Annual report on the working of the mental hospitals in the Madras Presidency - 1912-1932
Year: 1912
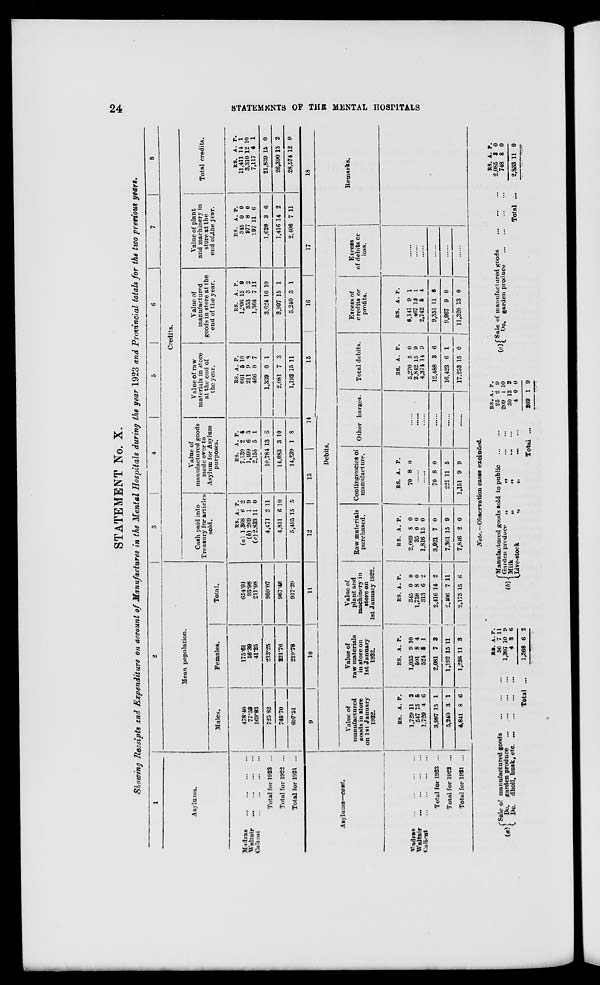
24
STATEMENTS OF THE MENTAL HOSPITALS
STATEMENT No. X.
Showing Receipts and Expenditure on account of Manufactures in the Mental Hospitals during the year 1923 and Provincial totals for the two previous years.
1
Asylums.
Madras
...
...
...
...
Waltair ... ... ... ...
Calicut
...
...
...
...
Total for 1923 ...
Total for 1922 ...
Total for 1921 ...
2
Mean population.
Males.
478.40
77.59
169.83
725.82
745.70
697.51
Females.
175.61
16.39
41.25
233.25
221.76
219.78
Total.
654.01
93.98
211.08
959.07
967.46
917.29
3
4
5
6
7
8
Credits.
Cash paid into
Treasury for articles
sold.
RS.
(a) 1,368
(b) 269
(c) 2,833
4,471
4,811
5,495
A.
6
1
11
2
6
15
P.
2
9
0
11
10
5
Value of
manufactured goods
made over to
Asylum for Asylum
purposes.
RS.
7,130
1,499
2,155
10,784
14,083
14,239
A.
2
6
5
13
3
1
P.
4
3
1
8
10
8
Value of raw
materials in store
at the end of
the year.
RS.
661
211
466
1,339
2,081
1,192
A.
5
9
0
0
7
15
P.
10
8
7
1
3
11
Value of
manufactured
goods in store at the
end of the year.
RS.
1,906
353
1,364
3,624
3,997
5,240
A.
15
3
7
10
15
3
P.
9
2
11
10
1
1
Value of plant
and machinery in
store at the
end of the year.
RS.
345
977
297
1,620
1,416
2,406
A.
0
8
11
3
14
7
P.
0
0
6
6
2
11
Total credits.
RS.
11,411
3,310
7,117
21,839
26,390
28,574
A.
14
12
4
15
15
12
P.
1
10
1
0
2
0
Asylums—cont.
Madras ... ... ... ...
Waltair
... ... ... ...
Calicut
...
...
...
...
Total for 1923 ...
Total for 1922 ...
Total for 1921 ...
9
10
11
12
13
14
15
16
17
Debits.
Value of
manufactured
goods in store
on 1st January
1922.
RS.
1,729
547
1,720
3,997
5,240
4,841
A.
11
15
4
15
3
8
P.
2
6
6
1
1
6
Value of
raw materials
in store on
1st January
1922.
.
1,055
501
524
2,081
1,192
1,238
A.
9
8
5
7
15
11
P.
10
4
1
3
11
3
Value of
plant and
machinery in
store on
1st January 1922.
RS.
345
1,758
313
2,416
2,406
2,175
A.
0
8
6
14
7
15
P.
0
0
2
2
11
6
Raw materials
purchased.
RS.
2,069
35
1,816
3,921
7,361
7,846
A.
8
0
15
7
15
2
P.
0
0
0
0
9
0
Contingencies of
manufacture.
RS.
70
A.
8
P.
0
......
......
70
221
1,151
8
11
9
0
5
9
Other charges.
......
......
......
......
......
......
Total debits.
RS.
5,270
2,842
4,374
12,488
16,423
17,253
A.
5
15
14
3
6
15
P.
0
9
9
6
1
0
Excess of
credits or
profits.
RS.
6,141
467
2,742
9,351
9,967
11,320
A.
9
13
5
11
9
13
P.
1
1
4
6
0
0
Excess
of debits or
loss.
......
......
......
......
......
......
18
Remarks.
Note.—Observation cases excluded.
(a)
Sale of manufactured goods
...
...
...
Do. garden produce
...
...
...
...
Do.
dholl, husk, etc.
...
...
...
...
Total ...
RS.
56
1,307
4
1,368
A.
7
10
3
6
P.
11
9
6
2
(c) Manufactured goods sold to public
...
...
Garden produce
„
„
...
...
Milk „ „ ... ...
Live-stock
„
„ ... ...
Total ...
RS.
25
209
30
4
269
A.
2
1
13
0
1
P.
9
10
2
0
9
(e)
Sale of manufactured goods
...
...
...
Do. garden produce
...
...
...
...
Total ...
RS.
2,085
748
2,833
A.
3
8
11
P.
0
0
0